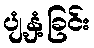
ပျံ့နှံ့ခြင်း